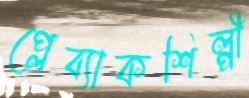
প্লেব্যাকশিল্পী